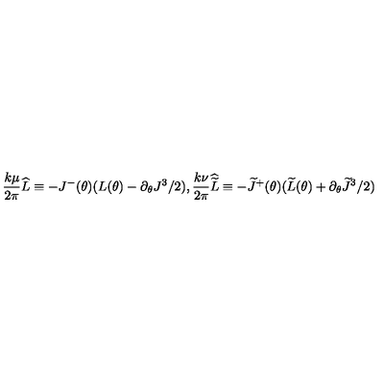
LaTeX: \frac { k \mu } { 2 \pi } \widehat { L } \equiv - J ^ { - } ( \theta ) ( L ( \theta ) - \partial _ { \theta } J ^ { 3 } / 2 ) , \frac { k \nu } { 2 \pi } \widehat { \widetilde { L } } \equiv - \widetilde { J } ^ { + } ( \theta ) ( \widetilde { L } ( \theta ) + \partial _ { \theta } \widetilde { J } ^ { 3 } / 2 )